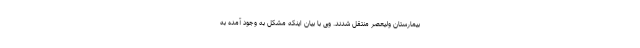
بیمارستان ولیعصر منتقل شدند. وی با بیان اینکه مشکل به وجود آمده به